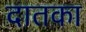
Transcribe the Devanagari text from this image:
दातका